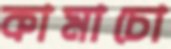
কামাচো